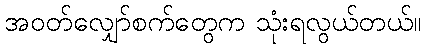
အဝတ်လျှော်စက်တွေက သုံးရလွယ်တယ်။